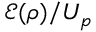
\mathcal { E } ( \rho ) / U _ { p }